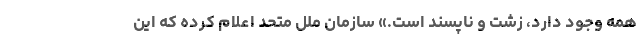
همه وجود دارد، زشت و ناپسند است.» سازمان ملل متحد اعلام کرده که این